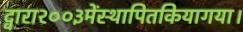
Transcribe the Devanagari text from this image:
द्वारा२००३मेंस्थापितकियागया।